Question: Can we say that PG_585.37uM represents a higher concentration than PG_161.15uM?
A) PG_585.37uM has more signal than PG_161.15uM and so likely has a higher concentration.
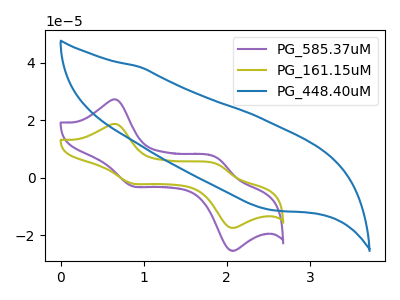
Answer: <think>The purple curve "PG_585.37uM" has anodic peaks at (0.65V, 27.20uA) (1.90V, 7.05uA) and cathodic peaks at (0.85V, -2.85uA) (2.05V, -25.20uA). The olive curve "PG_161.15uM" has anodic peaks at (0.65V, 18.70uA) (1.90V, 4.85uA) and cathodic peaks at (0.85V, -1.95uA) (2.05V, -17.30uA). The blue curve "PG_448.40uM" has no peaks.
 All the peaks in "PG_585.37uM" have a peak in "PG_161.15uM" at the same potential. Every peak in "PG_585.37uM" is higher than every peak in "PG_161.15uM".</think>
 <answer>A) "PG_585.37uM" has more signal than "PG_161.15uM" and so likely has a higher concentration.</answer>
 <eval>A</eval>